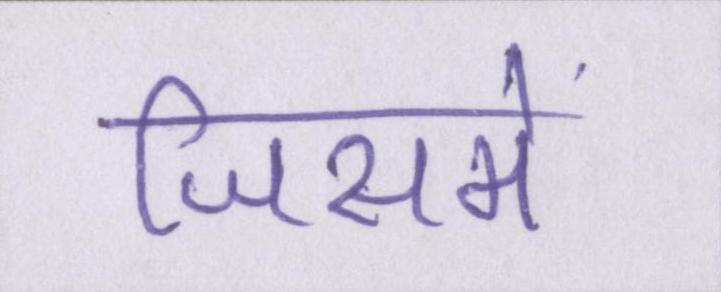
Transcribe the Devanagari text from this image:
जिसमे